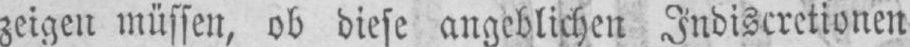
zeigen müssen, ob diese angeblichen Indiscretionen